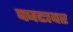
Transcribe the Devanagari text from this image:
फाटावर